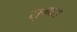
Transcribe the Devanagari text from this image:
सुमारा